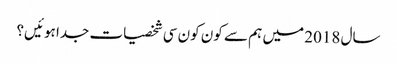
سال 2018 میں ہم سے کون کون سی شخصیات جدا ہوئیں؟